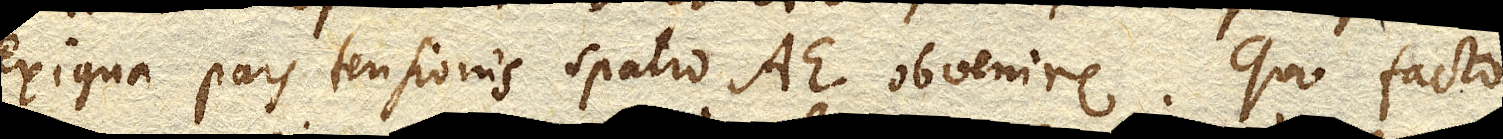
exigua pars tensionis spatio AE. obvenire. Quo facto